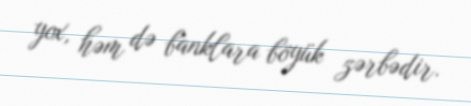
yox, həm də banklara böyük zərbədir.